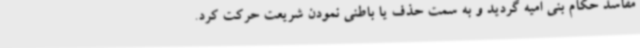
مفاسد حکام بنی امیه گردید و به سمت حذف یا باطنی نمودن شریعت حرکت کرد.